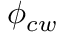
\phi _ { c w }